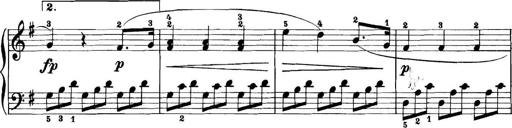
Title: 11 Sonatinas
Composer: Anton Diabelli